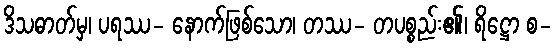
ဒိသဓာတ်မှ၊ ပရဿ- နောက်ဖြစ်သော၊ တဿ- တပစ္စည်း၏၊ ရိဋ္ဌော စ-